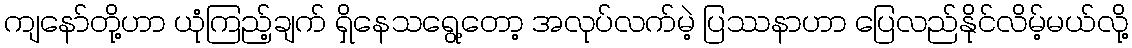
ကျနော်တို့ဟာ ယုံကြည့်ချက် ရှိနေသရွေ့တော့ အလုပ်လက်မဲ့ ပြဿနာဟာ ပြေလည်နိုင်လိမ့်မယ်လို့